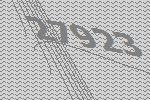
27923